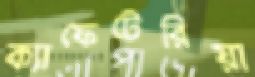
ক্যাফেটেরিয়া